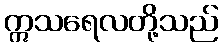
ဣသရေလတို့သည်